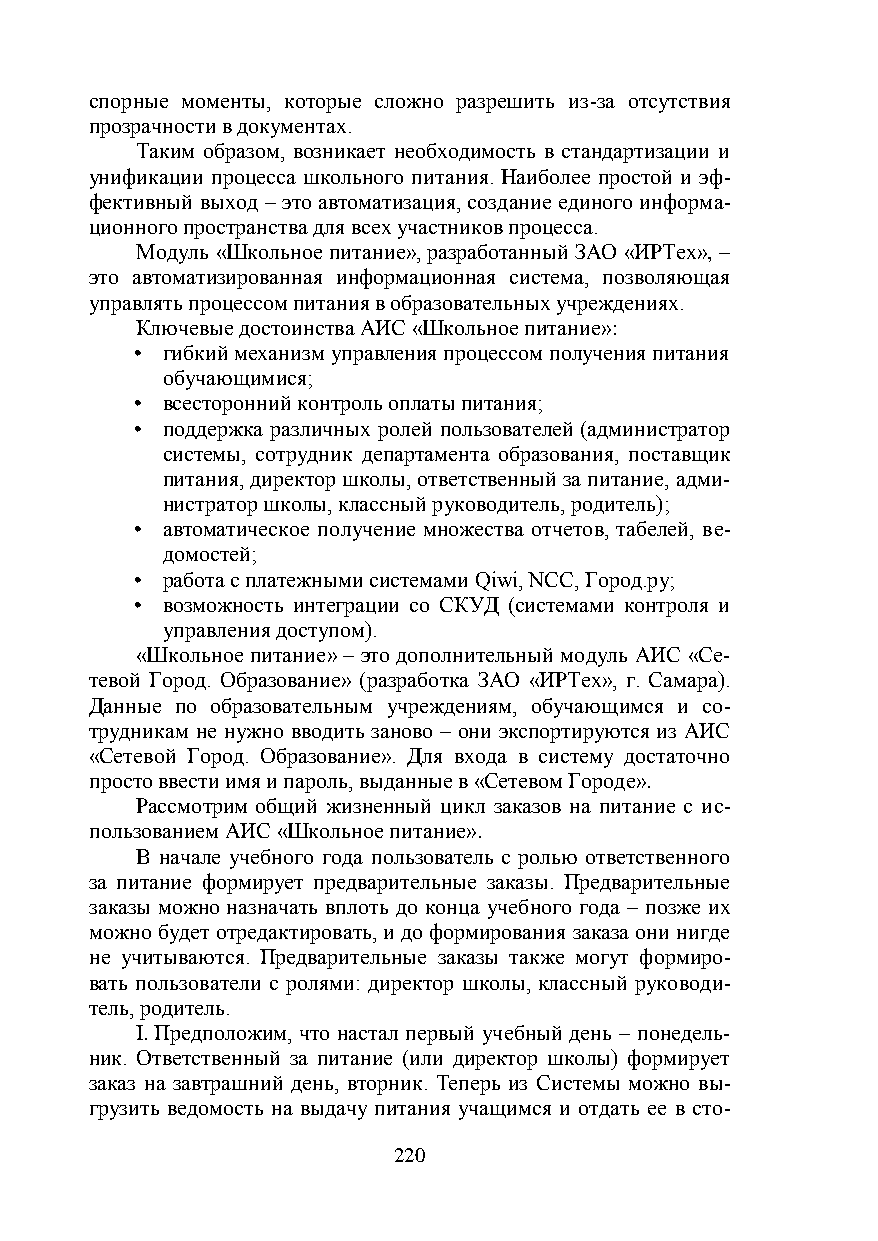
спорные моменты, которые сложно разрешить из-за отсутствия
 прозрачности в документах.
 Таким образом, возникает необходимость в стандартизации и
 унификации процесса школьного питания. Наиболее простой и эф-
 фективный выход – это автоматизация, создание единого информа-
 ционного пространства для всех участников процесса.
 Модуль «Школьное питание», разработанный ЗАО «ИРТех», –
 это автоматизированная информационная система, позволяющая
 управлять процессом питания в образовательных учреждениях.
 Ключевые достоинства АИС «Школьное питание»:
 • гибкий механизм управления процессом получения питания
 обучающимися;
 • всесторонний контроль оплаты питания;
 • поддержка различных ролей пользователей (администратор
 системы, сотрудник департамента образования, поставщик
 питания, директор школы, ответственный за питание, адми-
 нистратор школы, классный руководитель, родитель);
 • автоматическое получение множества отчетов, табелей, ве-
 домостей;
 • работа с платежными системами Qiwi, NCC, Город.ру;
 • возможность интеграции со СКУД (системами контроля и
 управления доступом).
 «Школьное питание» – это дополнительный модуль АИС «Се-
 тевой Город. Образование» (разработка ЗАО «ИРТех», г. Самара).
 Данные по образовательным учреждениям, обучающимся и со-
 трудникам не нужно вводить заново – они экспортируются из АИС
 «Сетевой Город. Образование». Для входа в систему достаточно
 просто ввести имя и пароль, выданные в «Сетевом Городе».
 Рассмотрим общий жизненный цикл заказов на питание с ис-
 пользованием АИС «Школьное питание».
 В начале учебного года пользователь с ролью ответственного
 за питание формирует предварительные заказы. Предварительные
 заказы можно назначать вплоть до конца учебного года – позже их
 можно будет отредактировать, и до формирования заказа они нигде
 не учитываются. Предварительные заказы также могут формиро-
 вать пользователи с ролями: директор школы, классный руководи-
 тель, родитель.
 I. Предположим, что настал первый учебный день – понедель-
 ник. Ответственный за питание (или директор школы) формирует
 заказ на завтрашний день, вторник. Теперь из Системы можно вы-
 грузить ведомость на выдачу питания учащимся и отдать ее в сто-
 220